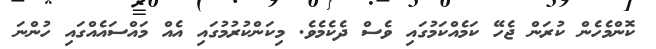
ކޮންމެހެން ކުރަން ޖެހޭ ކަމެއްކަމުގައި ވެސް ދެކެމެވެ. މިކަންކުރުމުގައި އެއް މައްސައެއްގައި ހުންނަ